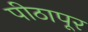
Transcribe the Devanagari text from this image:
पीठापूर